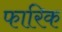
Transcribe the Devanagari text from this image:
फारिक